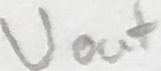
Text: Uout